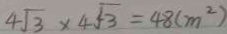
4 \sqrt { 3 } \times 4 \sqrt { 3 } = 4 8 ( m ^ { 2 } )